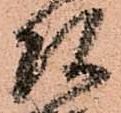
頭